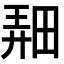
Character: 𤲌